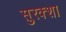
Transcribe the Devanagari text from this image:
सुरक्शा